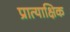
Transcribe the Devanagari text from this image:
प्रात्याक्षिक